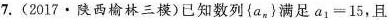
7.(2017\cdot 陕西榆林三模)已知数列\left{a_{n}\right}满足$$a _ { 1 } = 1 5$$，且